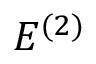
E ^ { ( 2 ) }